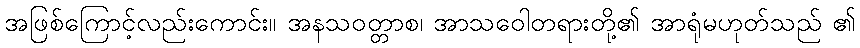
အဖြစ်ကြောင့်လည်းကောင်း။ အနသဝတ္တာစ၊ အာသဝေါတရားတို့၏ အာရုံမဟုတ်သည် ၏